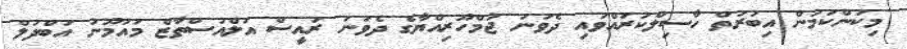
މިކަންކަމުން އިބުރަތް ހާސިލްކުރައްވައި ދެވަނަ ޖުމްހޫރިއްޔާގެ ދެވަނަ ރައީސް އަލްއުސްތާޒް މައުމޫނު އަބްދުލް